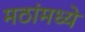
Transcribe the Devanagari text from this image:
मठांमध्ये